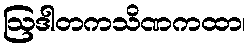
ဩဒါတကသိဏကထာ၊